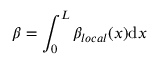
\beta = \int _ { 0 } ^ { L } \beta _ { l o c a l } ( x ) \mathrm { d } x